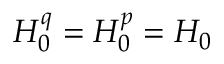
H _ { 0 } ^ { q } = H _ { 0 } ^ { p } = H _ { 0 }